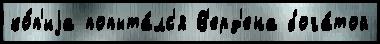
ко́п'иjа попыта́лс'я В'ерд'ена бога́той